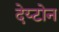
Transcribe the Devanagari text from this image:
देय्टोन